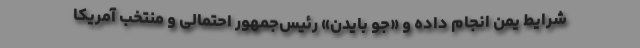
شرایط یمن انجام داده و «جو بایدن» رئیس‌جمهور احتمالی و منتخب آمریکا